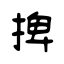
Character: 捭